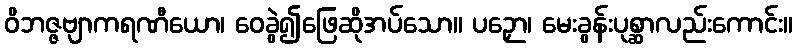
ဝိဘဇ္ဇဗျာကရဏီယော၊ ဝေခွဲ၍ဖြေဆိုအပ်သော။ ပဉှော၊ မေးခွန်းပုစ္ဆာလည်းကောင်း။